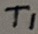
Text: T1